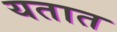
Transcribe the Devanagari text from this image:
यतात